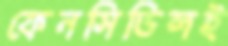
ফেনসিডিলই